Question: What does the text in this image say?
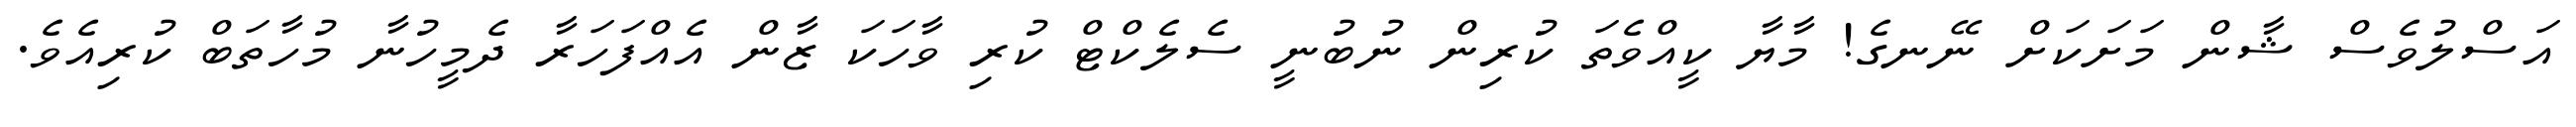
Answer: އަސްލުވެސް ޝާން މަށަކަށް ނޭނގެ! މާޔާ ކީއްވެތަ ކުރިން ނުބުނީ ސެލެކްޓް ކުރި ވާހަކަ ޒާން އެއްފަހަރާ ދެމީހުނާ މުހާތަބް ކުރިއެވެ.